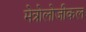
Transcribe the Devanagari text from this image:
मेत्रोलोजीकल